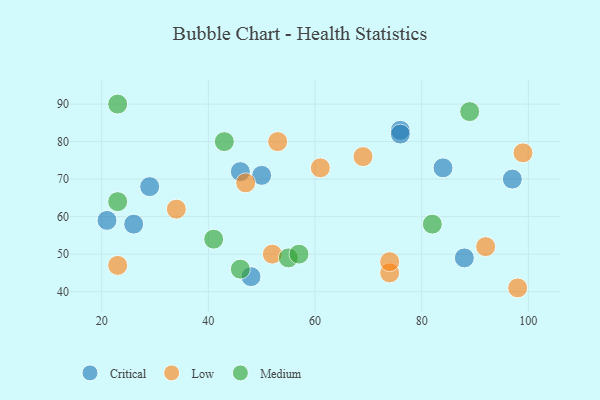
{"axis": {"x": "GDP", "y": "Life Expectancy"}, "legend": ["Critical", "Low", "Medium"], "data": [{"x": "46", "y": 72, "type": "Critical"}, {"x": "76", "y": 83, "type": "Critical"}, {"x": "21", "y": 59, "type": "Critical"}, {"x": "29", "y": 68, "type": "Critical"}, {"x": "48", "y": 44, "type": "Critical"}, {"x": "76", "y": 82, "type": "Critical"}, {"x": "88", "y": 49, "type": "Critical"}, {"x": "84", "y": 73, "type": "Critical"}, {"x": "97", "y": 70, "type": "Critical"}, {"x": "50", "y": 71, "type": "Critical"}, {"x": "26", "y": 58, "type": "Critical"}, {"x": "23", "y": 47, "type": "Low"}, {"x": "61", "y": 73, "type": "Low"}, {"x": "47", "y": 69, "type": "Low"}, {"x": "74", "y": 45, "type": "Low"}, {"x": "74", "y": 48, "type": "Low"}, {"x": "92", "y": 52, "type": "Low"}, {"x": "52", "y": 50, "type": "Low"}, {"x": "34", "y": 62, "type": "Low"}, {"x": "98", "y": 41, "type": "Low"}, {"x": "99", "y": 77, "type": "Low"}, {"x": "69", "y": 76, "type": "Low"}, {"x": "53", "y": 80, "type": "Low"}, {"x": "41", "y": 54, "type": "Medium"}, {"x": "55", "y": 49, "type": "Medium"}, {"x": "89", "y": 88, "type": "Medium"}, {"x": "23", "y": 90, "type": "Medium"}, {"x": "46", "y": 46, "type": "Medium"}, {"x": "82", "y": 58, "type": "Medium"}, {"x": "57", "y": 50, "type": "Medium"}, {"x": "23", "y": 64, "type": "Medium"}, {"x": "43", "y": 80, "type": "Medium"}]}